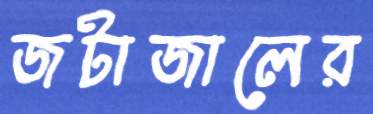
জটাজালের